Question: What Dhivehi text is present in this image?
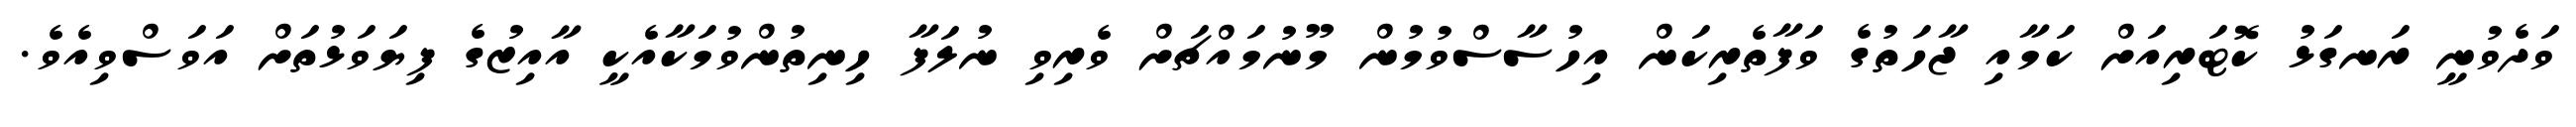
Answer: ވަދެވުނީ ރަނގަޅު ކޮޓަރިއަށް ކަމާއި ޖާހަތުގެ ވަފާތެރިކަން އިހުސާސްވުމުން މޫނުމައްޗަށް ވެރިވި ނުލަފާ ހިނިތުންވުމަކާއެކީ އާއިޒުގެ ފިޔަވަޅުތަށް އަވަސްވިއެވެ.